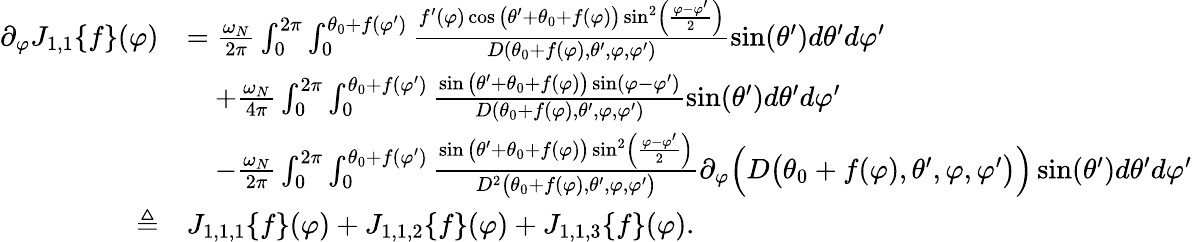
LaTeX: \begin{array}{rl}{\partial_{\varphi}J_{1,1}\{ f\} (\varphi)}&{=\frac{\omega_{N}}{2\pi}\int_{0}^{2\pi}\int_{0}^{\theta_{0}+f(\varphi^{\prime})}\frac{f^{\prime}(\varphi)\cos\big(\theta^{\prime}+\theta_{0}+f(\varphi)\big)\sin^{2}\left(\frac{\varphi-\varphi^{\prime}}{2}\right)}{D(\theta_{0}+f(\varphi),\theta^{\prime},\varphi,\varphi^{\prime})}\sin(\theta^{\prime})d\theta^{\prime}d\varphi^{\prime}}\\ &{\quad+\frac{\omega_{N}}{4\pi}\int_{0}^{2\pi}\int_{0}^{\theta_{0}+f(\varphi^{\prime})}\frac{\sin\big(\theta^{\prime}+\theta_{0}+f(\varphi)\big)\sin(\varphi-\varphi^{\prime})}{D(\theta_{0}+f(\varphi),\theta^{\prime},\varphi,\varphi^{\prime})}\sin(\theta^{\prime})d\theta^{\prime}d\varphi^{\prime}}\\ &{\quad-\frac{\omega_{N}}{2\pi}\int_{0}^{2\pi}\int_{0}^{\theta_{0}+f(\varphi^{\prime})}\frac{\sin\big(\theta^{\prime}+\theta_{0}+f(\varphi)\big)\sin^{2}\left(\frac{\varphi-\varphi^{\prime}}{2}\right)}{D^{2}\big(\theta_{0}+f(\varphi),\theta^{\prime},\varphi,\varphi^{\prime}\big)}\partial_{\varphi}\Big(D\big(\theta_{0}+f(\varphi),\theta^{\prime},\varphi,\varphi^{\prime}\big)\Big)\sin(\theta^{\prime})d\theta^{\prime}d\varphi^{\prime}}\\ {\triangleq}&{J_{1,1,1}\{ f\} (\varphi)+J_{1,1,2}\{ f\} (\varphi)+J_{1,1,3}\{ f\} (\varphi).}\end{array}